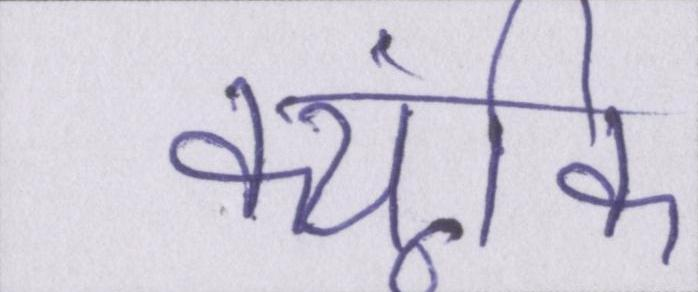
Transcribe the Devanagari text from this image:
क्यूंकि